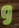
و